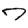
Digit: 7